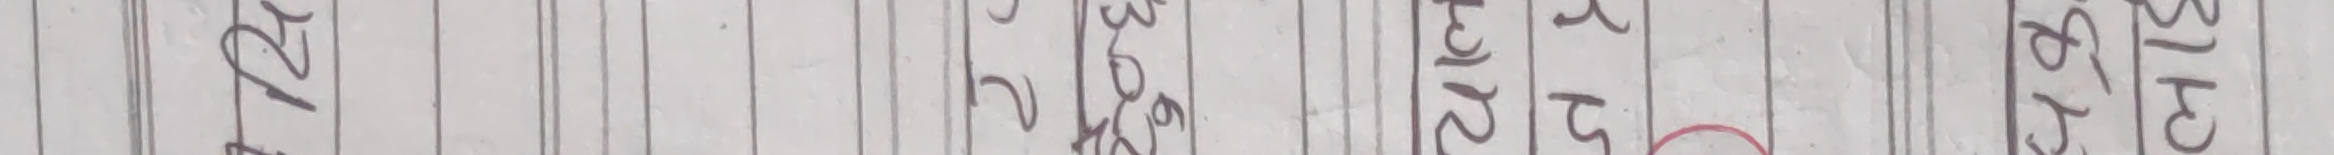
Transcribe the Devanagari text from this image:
१२१ टटमटमट ३०२१ट ट५१ट ट५०ट छ१३८१ट